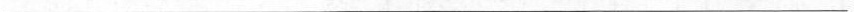
___